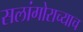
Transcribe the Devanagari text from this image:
सलांगोराच्याच